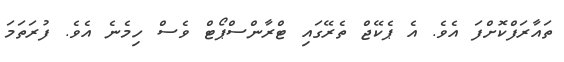
ތައާރަފްކޮށްފަ އެވެ. އެ ޕެކޭޖް ތެރޭގައި ޓްރާންސްޕޯޓް ވެސް ހިމެނެ އެވެ. ފުރަތަމަ